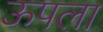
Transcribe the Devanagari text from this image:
ऊपला